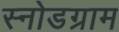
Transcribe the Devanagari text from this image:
स्नोडग्राम